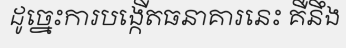
ដូច្នេះការបង្កើតធនាគារនេះ គឺនឹង